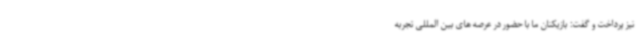
نیز پرداخت و گفت: بازیکنان ما با حضور در عرصه های بین المللی تجربه